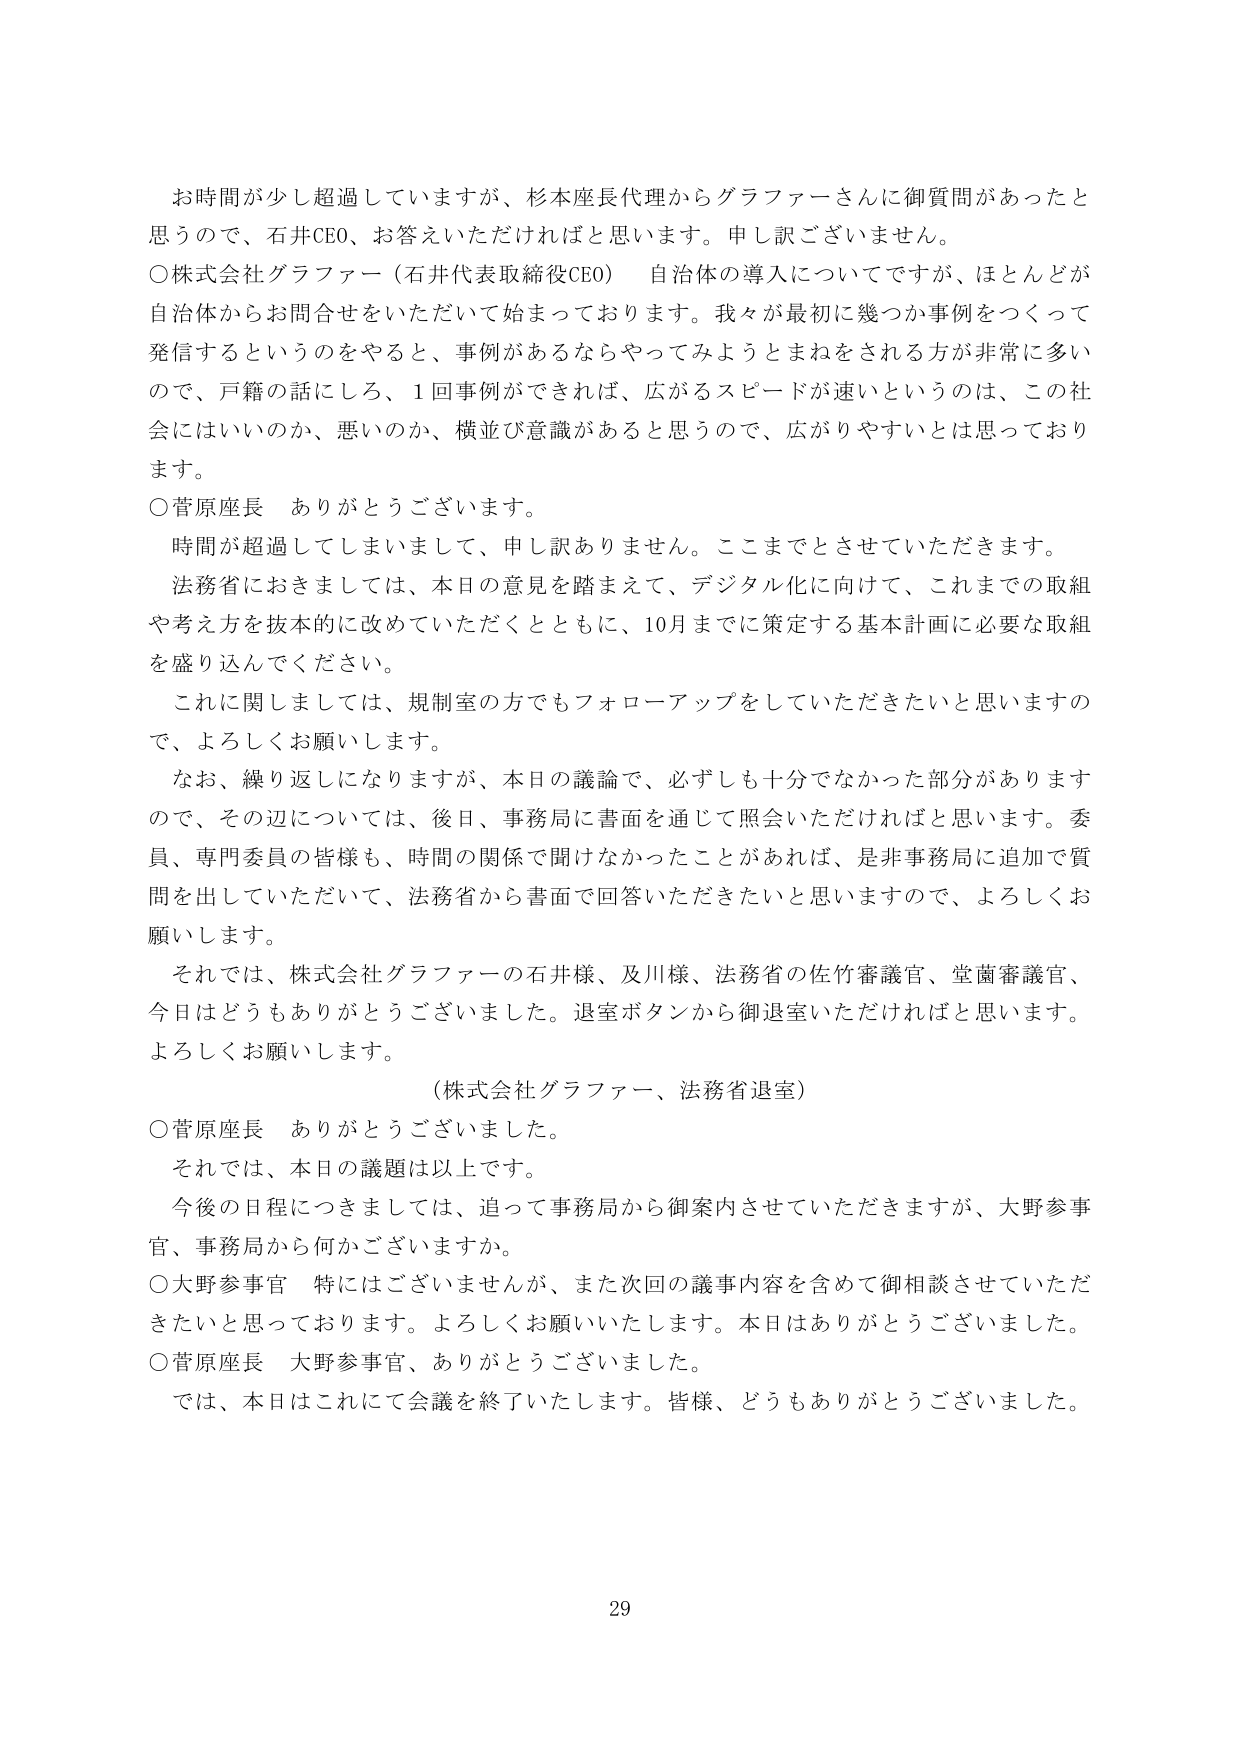
お時間が少し超過していますが、杉本座長代理からグラファーさんに御質問があったと思うので、石井CEO、お答えいただければと思います。申し訳ございません。

○株式会社グラファー（石井代表取締役CEO） 自治体の導入についてですが、ほとんどが自治体からお問合せをいただいて始まっております。我々が最初に幾つか事例をつくって発信するというのをやると、事例があるならやってみようとまねをされる方が非常に多いので、戸籍の話にしろ、1回事例ができれば、広がるスピードが速いというのは、この社会にはいいのか、悪いのか、横並び意識があると思うので、広がりやすいとは思っております。

○菅原座長 ありがとうございます。

時間が超過してしまいまして、申し訳ありません。ここまでとさせていただきます。

法務省におきましては、本日の意見を踏まえて、デジタル化に向けて、これまでの取組や考え方を抜本的に改めていただくとともに、10月までに策定する基本計画に必要な取組を盛り込んでください。

これに関しましては、規制室の方でもフォローアップをしていただきたいと思いますので、よろしくお願いします。

なお、繰り返しになりますが、本日の議論で、必ずしも十分でなかった部分がありますので、その辺については、後日、事務局に書面を通じて照会いただければと思います。委員、専門委員の皆様も、時間の関係で聞けなかったことがあれば、是非事務局に追加で質問を出していただいて、法務省から書面で回答いただきたいと思いますので、よろしくお願いします。

それでは、株式会社グラファーの石井様、及川様、法務省の佐竹審議官、堂薗審議官、今日はどうもありがとうございました。退室ボタンから御退室いただければと思います。よろしくお願いします。

（株式会社グラファー、法務省退室）

○菅原座長 ありがとうございました。

それでは、本日の議題は以上です。

今後の日程につきましては、追って事務局から御案内させていただきますが、大野参事官、事務局から何かございますか。

○大野参事官 特にはございませんが、また次回の議事内容を含めて御相談させていただきたいと思っております。よろしくお願いいたします。本日はありがとうございました。

○菅原座長 大野参事官、ありがとうございました。

では、本日はこれにて会議を終了いたします。皆様、どうもありがとうございました。

29